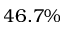
4 6 . 7 \%